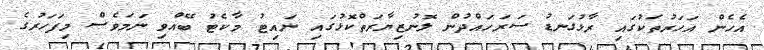
އެހެން އަހަރުތަކުގައި ރާޅުގަނޑު ސަރަހައްދުން ލޮނުޒިޔާރަތްކޮޅުގައި ނައިޓު މާކެޓު ބޭއްވި ނަމަވެސް މިފަހަރުގެ